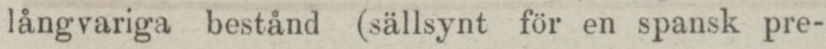
långvariga bestånd (sällsynt för en spansk pre-